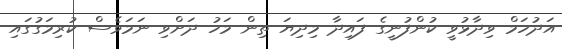
އަދުހަމް ވިދާޅުވީ ކުންފުނީގެ ފައިދާ މިދިޔަ ތިން މަހު ދަށްވި ނަމަވެސް ކުރިމަގުގައި